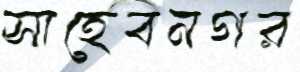
সাহেবনগর